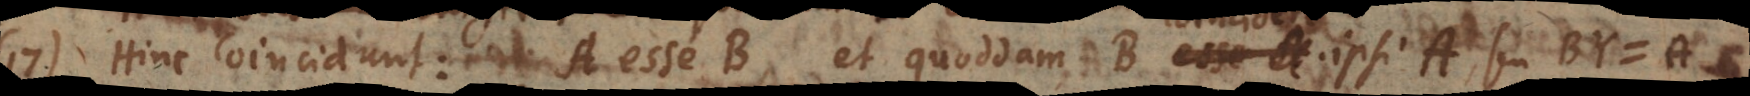
17) Hinc coincidunt: A esse B, et quoddam B esse A coincidere ipsi A, seu BY = A. §